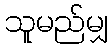
သူမည်မျှ